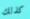
كذلك